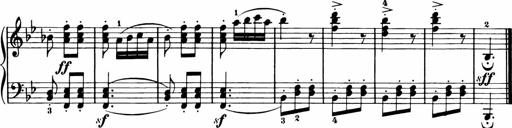
Title: 11 Sonatinas for Piano Solo
Composer: Anton Diabelli